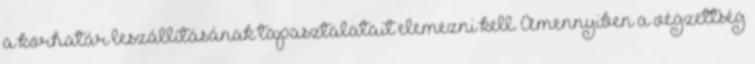
a korhatár leszállításának tapasztalatait elemezni kell. Amennyiben a végzettség